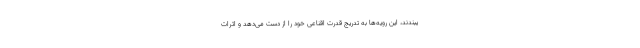
یبندند، این رویه‌ها به تدریج قدرت اقناعی خود را از دست می‌دهد و اثرات